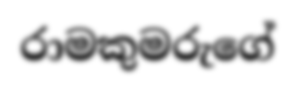
රාමකුමරුගේ